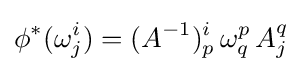
\phi ^{*}(\omega _{j}^{i})=(A^{-1})_{p}^{i}\,\omega _{q}^{p}\,A_{j}^{q}